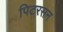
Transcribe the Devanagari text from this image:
पिटरसन